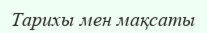
Тарихы мен мақсаты